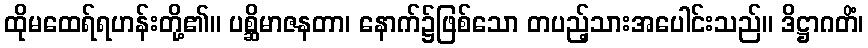
ထိုမထေရ်ရဟန်းတို့၏။ ပစ္ဆိမာဇနတာ၊ နောက်၌ဖြစ်သော တပည့်သားအပေါင်းသည်။ ဒိဋ္ဌာဂတိံ၊